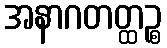
အနာဂတတ္ထဉ္စ